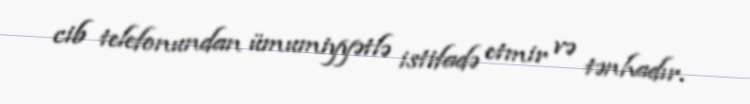
cib telefonundan ümumiyyətlə istifadə etmir və tənhadır.